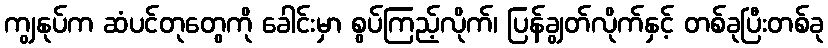
ကျွနုပ်က ဆံပင်တုတွေကို ခေါင်းမှာ စွပ်ကြည့်လိုက်၊ ပြန်ချွတ်လိုက်နှင့် တစ်ခုပြီးတစ်ခု